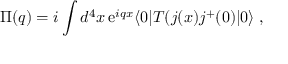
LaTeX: \Pi ( q ) = i \int d ^ { 4 } x \, \mathrm { e } ^ { i q x } \langle 0 | T ( j ( x ) j ^ { + } ( 0 ) | 0 \rangle \; ,